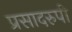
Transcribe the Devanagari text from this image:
प्रसादरुपी